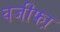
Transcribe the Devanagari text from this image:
वजीफा़